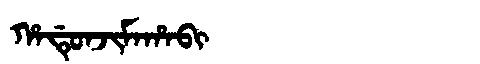
Manchu: ᡥᠠᡩᡠᠨᠵᡳᠮᠠᡥᠠᠪᡳ
Romanization: HADUNJIMAHABI